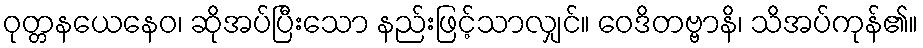
ဝုတ္တနယေနေဝ၊ ဆိုအပ်ပြီးသော နည်းဖြင့်သာလျှင်။ ဝေဒိတဗ္ဗာနိ၊ သိအပ်ကုန်၏။